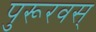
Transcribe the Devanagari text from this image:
पुरूरवस्